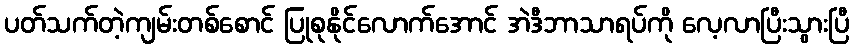
ပတ်သက်တဲ့ကျမ်းတစ်စောင် ပြုစုနိုင်လောက်အောင် အဲဒီဘာသာရပ်ကို လေ့လာပြီးသွားပြီ